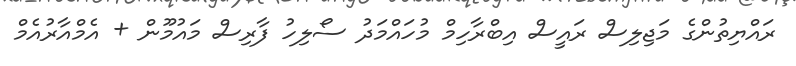
ރައްޔިތުންގެ މަޖިލިސް ރައީސް އިބްރާހިމް މުހައްމަދު ސޯލިހު ފާރިސް މައުމޫން + އެމްއާރުއެމް